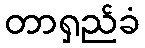
တာရှည်ခံ